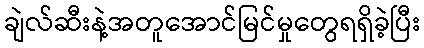
ချဲလ်ဆီးနဲ့အတူအောင်မြင်မှုတွေရရှိခဲ့ပြီး